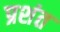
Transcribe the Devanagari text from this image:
प्रशंत